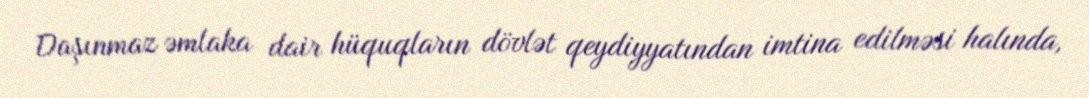
Daşınmaz əmlaka dair hüquqların dövlət qeydiyyatından imtina edilməsi halında,